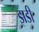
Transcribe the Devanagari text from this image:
झडी